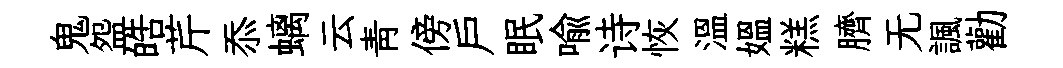
鬼盌皓芹忝螭云青傍户眠喩诗恢温媪糕臍无諷勸